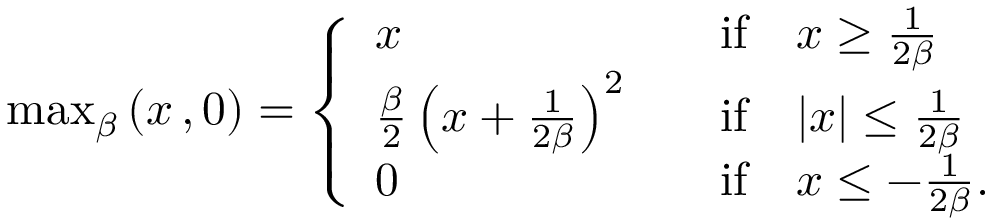
\begin{array} { r } { \operatorname* { m a x } _ { \beta } \left( x \, , 0 \right) = \left\{ \begin{array} { l l } { x } & { \quad \mathrm { i f } \quad x \ge \frac { 1 } { 2 \beta } } \\ { \frac { \beta } { 2 } \left( x + \frac { 1 } { 2 \beta } \right) ^ { 2 } } & { \quad \mathrm { i f } \quad | x | \le \frac { 1 } { 2 \beta } } \\ { 0 } & { \quad \mathrm { i f } \quad x \le - \frac { 1 } { 2 \beta } . } \end{array} \right. } \end{array}